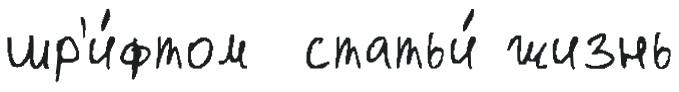
шр'и́фтом  статьи́ жизнь